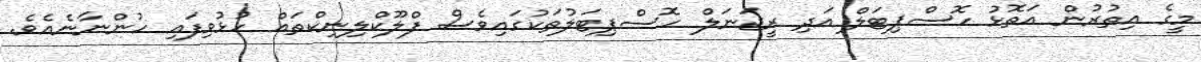
މީގެ އިތުރުން އަތޮޅު ހޮސްޕިޓަލް އަދި ރީޖަނަލް ހޮސްޕިޓަލުތަކުގައިވެސް ފްލޫކްލިނިކްތައް ހުޅުވިފައި ހުންނާނެއެވެ.